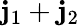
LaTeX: \mathbf{j}_{1}+\mathbf{j}_{2}